Vaccination Hyderabad 1890-1903 - 1890-1903
Year: 1890
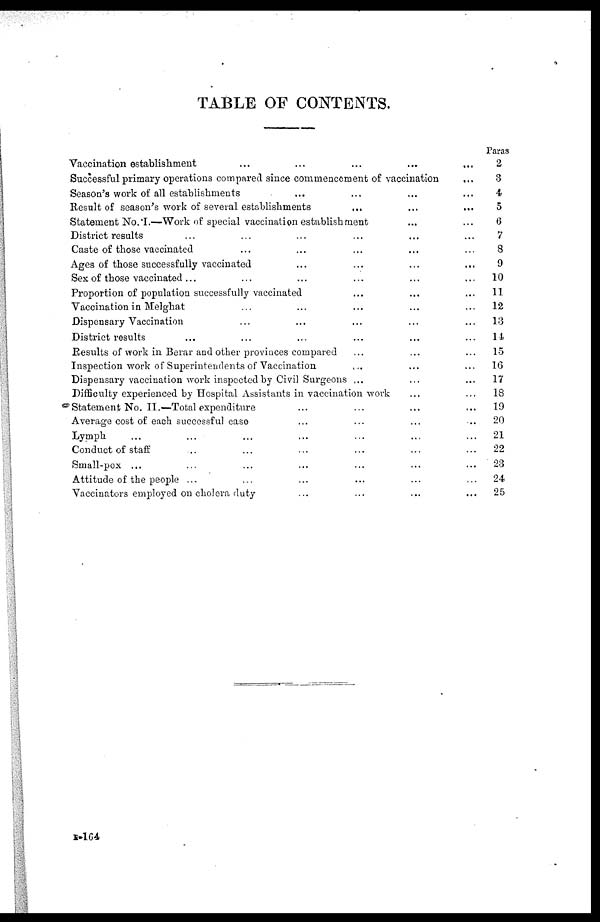
TABLE OF CONTENTS.
Vaccination establishment ... ... ... ... ...
Successful primary operations compared since commencement of vaccination ...
Season's work of all establishments ... ... ... ...
Result of season's work of several establishments
...
...
...
Statement No. I.—Work of special vaccination establishment ... ...
District results
...
...
...
...
...
...
Caste of those vaccinated ... ... ... ... ...
Ages of those successfully vaccinated
...
...
...
...
Sex of those vaccinated ... ... ... ... ... ...
Proportion of population successfully vaccinated ... ... ...
Vaccination in Melghat ... ... ... ... ...
Dispensary Vaccination ... ... ... ... ...
District results ... ... ... ... ... ...
Results of work in Berar and other provinces compared ... ... ...
Inspection work of Superintendents of Vaccination ... ... ...
Dispensary vaccination work inspected by Civil Surgeons ... ... ...
Difficulty experienced by Hospital Assistants in vaccination work ... ...
Statement No. II.—Total expenditure ... ... ... ...
Average cost of each successful case ... ... ... ...
Lymph ... ... ... ... ... ... ...
Conduct of staff ... ... ... ... ... ...
Small-pox ... ... ... ... ... ... ...
Attitude of the people ... ... ... ... ... ...
Vaccinators employed on cholera duty ... ... ... ...
Paras
2
3
4
5
6
7
8
9
10
11
12
13
14
15
16
17
18
19
20
21
22
23
24
25
B-164